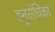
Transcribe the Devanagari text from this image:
हनुसंधिका